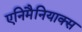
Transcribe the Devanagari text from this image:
एनिमैनियाक्स